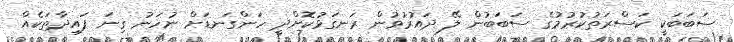
ސަބަބަކީ ކަސްރަތުކުރުމުގެ ސަބަބުން ލޭ ދައުރުވުން ރަނގަޅުކޮށްދީ ހަންގަނޑަށް ނުހަނު ގިނަ ފައިދާތަކެއް